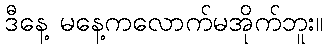
ဒီနေ့ မနေ့ကလောက်မအိုက်ဘူး။